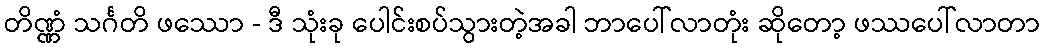
တိဏ္ဏံ သင်္ဂတိ ဖဿော - ဒီ သုံးခု ပေါင်းစပ်သွားတဲ့အခါ ဘာပေါ်လာတုံး ဆိုတော့ ဖဿပေါ်လာတာ